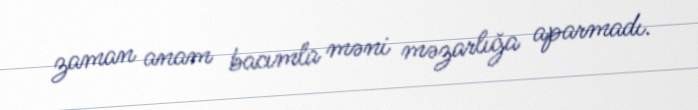
zaman anam bacımla məni məzarlığa aparmadı.